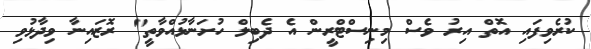
ކުރެވިފައި އޮތް އިރު ވެސް މިނިސްޓްރީން އެ ދެބިލް ހުށަނާޅުއްވާތީ" ރޮޒައިނާ ވިދާޅުވި